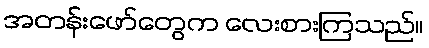
အတန်းဖော်တွေက လေးစားကြသည်။